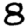
Digit: 8